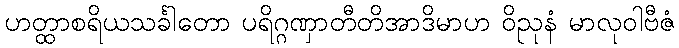
ဟတ္ထာစရိယသင်္ခါတော ပရိဂ္ဂဏှာတီတိအာဒိမာဟ ဝိညုနံ မာလုဝါဗီဇံ